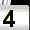
Digit: 4